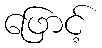
ဖြောင့်